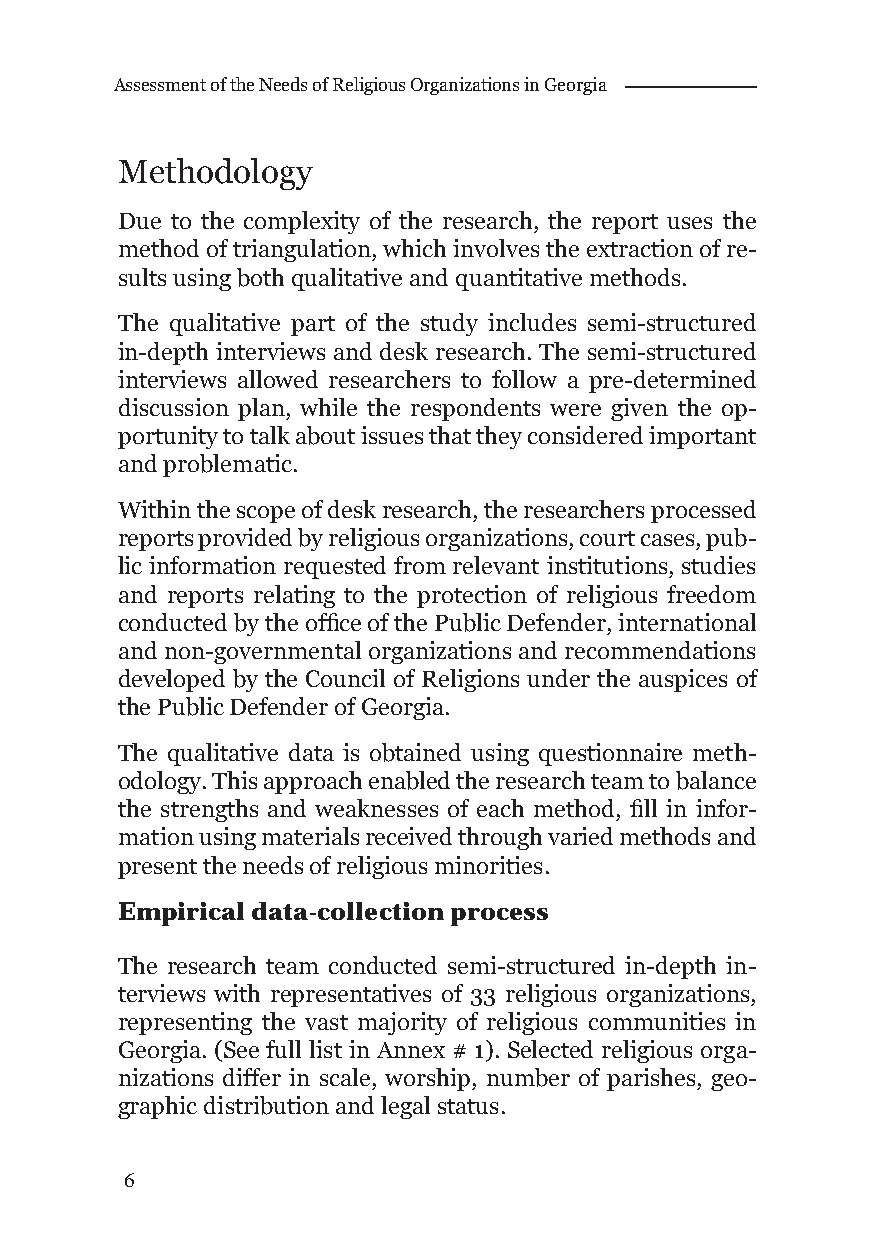
Assessment of the Needs of Religious Organizations in Georgia
 Methodology
 Due to the complexity of the research, the report uses the
 method of triangulation, which involves the extraction of re-
 sults using both qualitative and quantitative methods.
 The qualitative part of the study includes semi-structured
 in-depth interviews and desk research. The semi-structured
 interviews allowed researchers to follow a pre-determined
 discussion plan, while the respondents were given the op-
 portunity to talk about issues that they considered important
 and problematic.
 Within the scope of desk research, the researchers processed
 reports provided by religious organizations, court cases, pub-
 lic information requested from relevant institutions, studies
 and reports relating to the protection of religious freedom
 conducted by the offi ce of the Public Defender, international
 and non-governmental organizations and recommendations
 developed by the Council of Religions under the auspices of
 the Public Defender of Georgia.
 The qualitative data is obtained using questionnaire meth-
 odology. This approach enabled the research team to balance
 the strengths and weaknesses of each method, fi ll in infor-
 mation using materials received through varied methods and
 present the needs of religious minorities.
 Empirical data-collection process
 The research team conducted semi-structured in-depth in-
 terviews with representatives of 33 religious organizations,
 representing the vast majority of religious communities in
 Georgia. (See full list in Annex # 1). Selected religious orga-
 nizations differ in scale, worship, number of parishes, geo-
 graphic distribution and legal status.
 6